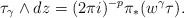
LaTeX: \begin{align*}\tau_\gamma \wedge dz=(2\pi i)^{-p} \pi_*(w^\gamma \tau).\end{align*}